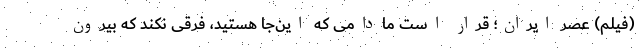
(فیلم) عصر ایران؛ قرار است مادامی که این‌جا هستید، فرقی نکند که بیرون